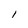
Character: 1